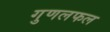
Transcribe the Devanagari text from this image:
गुणलफल